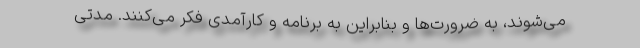
می‌شوند، به ضرورت‌ها و بنابراین به برنامه و کارآمدی فکر می‌کنند. مدتی